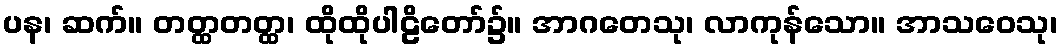
ပန၊ ဆက်။ တတ္ထတတ္ထ၊ ထိုထိုပါဠိတော်၌။ အာဂတေသု၊ လာကုန်သော။ အာသဝေသု၊